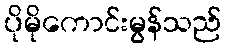
ပိုမိုကောင်းမွန်သည်